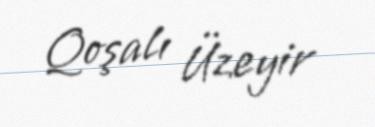
Qoşalı Üzeyir